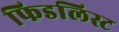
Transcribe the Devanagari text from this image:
फिडलिस्ट